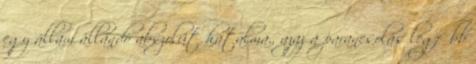
egy állam állandó abszolút hatalma., azaz a parancsolás legfőbb